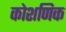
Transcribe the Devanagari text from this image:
कोशणिक